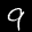
Label: 9